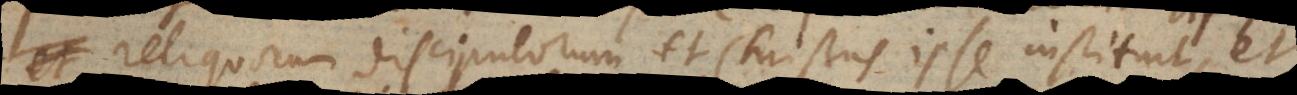
reliquorum discipulorum et Christus ipse instituit, et